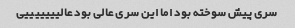
سری پیش سوخته بود اما این سری عالی بود عالیییییییی